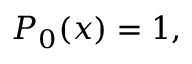
P _ { 0 } ( x ) = 1 ,